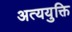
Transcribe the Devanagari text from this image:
अत्ययुक्ति